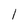
Character: l